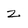
Character: z